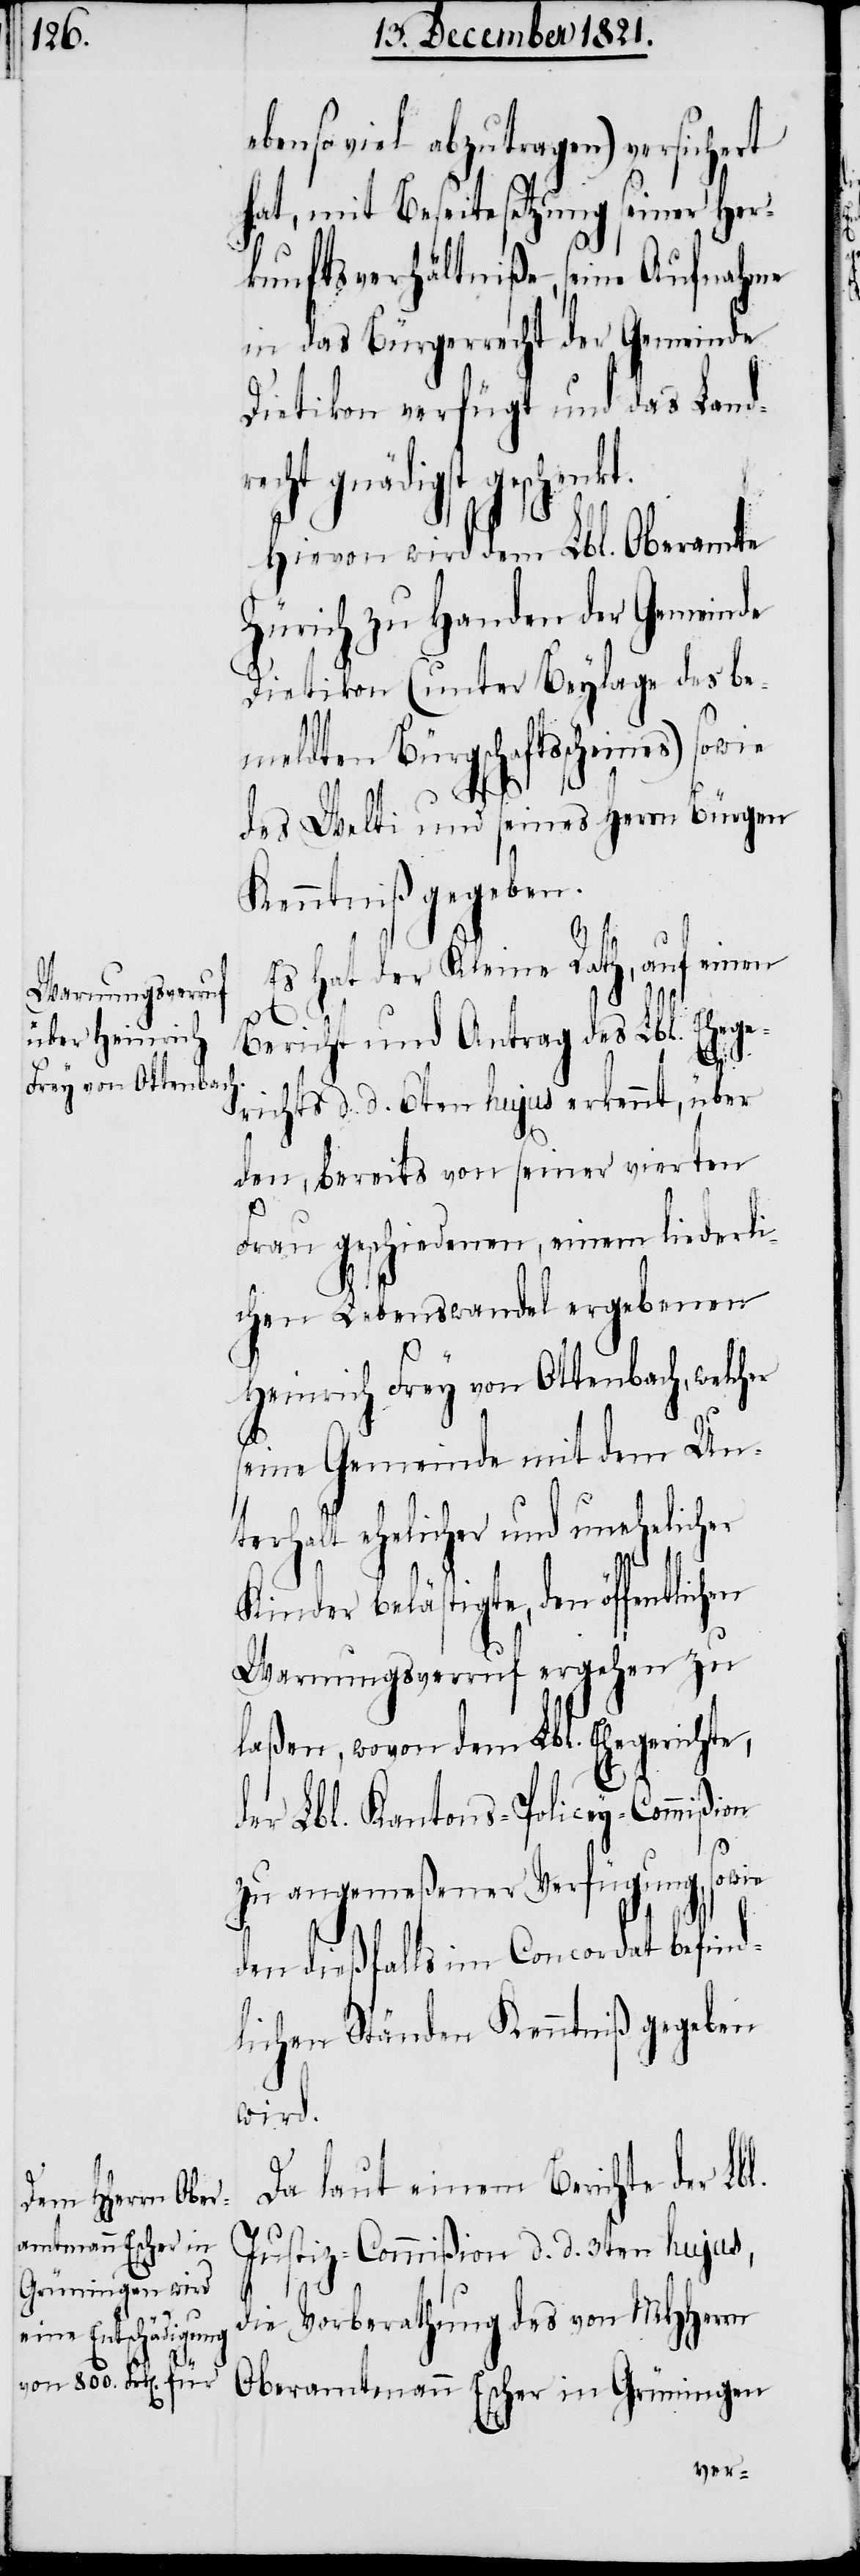
ebenso viel abzutragen) versichert
hat, mit Beseitesetzung seiner Her¬
kunftsverhältniße, seine Aufnahme
in das Bürgerrecht der Gemeinde
Dietikon verfügt und das Land¬
recht gnädigst geschenkt.
Hievon wird dem Lbl. Oberamte
Zürich zu Handen der Gemeinde
Dietikon (unter Beylage des be¬
meldten Bürgschaftsscheines) sowie
des Welti und seines Herrn Bürgen
Kenntniß gegeben.
Es hat der Kleine Rath, auf einen
Bericht und Antrag des Lbl. Ehege¬
richts d. d. 6ten hujus erkennt, über
den, bereits von seiner vierten
Frau geschiedenen, einem liederli¬
chen Lebenswandel ergebenen
Heinrich Frey von Ottenbach, welcher
seine Gemeinde mit dem Un¬
terhalt ehelicher und unehelicher
Kinder belästigte, den öffentlichen
Warnungsverruf ergehen zu
laßen, wovon dem Lbl. Ehegerichte,
der Lbl. Kantons-Policey-Commißion
zu angemeßener Verfügung, sowie
den dießfalls im Concordat befind¬
lichen Ständen Kenntniß gegeben
wird.
Da laut einem Berichte der Lbl.
Justiz-Commißion d. d. 3ten hujus,
die Vorberathung des von MHHerrn
Oberamtmann Escher in Grüningen